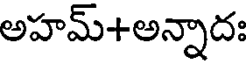
అహమ్+అన్నాదః